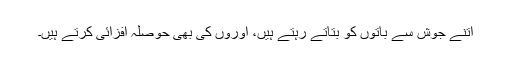
اتنے جوش سے باتوں کو بتاتے رہتے ہیں، اوروں کی بھی حوصلہ افزائی کرتے ہیں۔